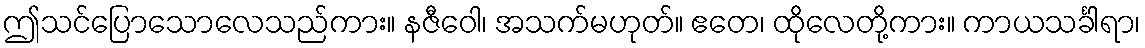
ဤသင်ပြောသောလေသည်ကား။ နဇီဝေါ၊ အသက်မဟုတ်။ ဧတေ၊ ထိုလေတို့ကား။ ကာယသင်္ခါရာ၊